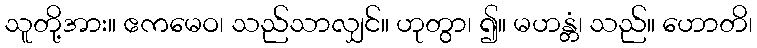
သူတို့အား။ ဧကမေဝ၊ သည်သာလျှင်။ ဟုတွာ၊ ၍။ မဟန္တံ၊ သည်။ ဟောတိ၊